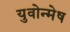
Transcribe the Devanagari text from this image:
युवोन्मेष